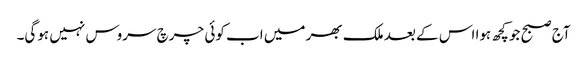
آج صبح جو کچھ ہوا اس کے بعد ملک بھر میں اب کوئی چرچ سروس نہیں ہوگی۔